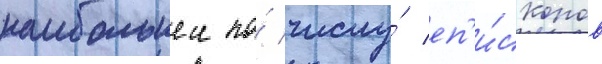
наибольшеи по́ числу́ еп'и́скопов